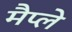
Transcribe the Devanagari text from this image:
मैप्ले